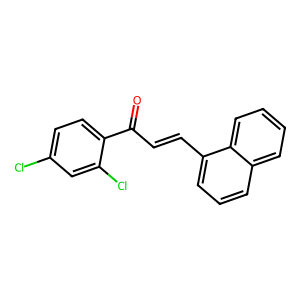
SMILES: O=C(C=Cc1cccc2ccccc12)c1ccc(Cl)cc1Cl
Inhibits HIV replication: No